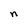
Character: n